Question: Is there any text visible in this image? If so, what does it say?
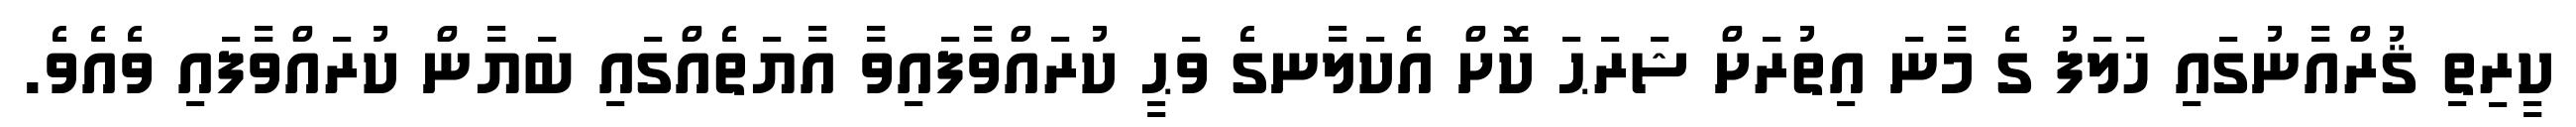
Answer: ކީރިތި ޤުރްއާނުގައި ޚަލަފު ގެ މާނަ އިތުރަށް ޝަރަޙަ ކޮށް އެކަލާނގެ ވަޙީ ކުރައްވާފައިވާ އާޔަތެއްގައި ބަޔާން ކުރައްވާފައި ވެއެވެ.